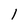
Character: l